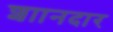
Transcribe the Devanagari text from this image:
शाानदार